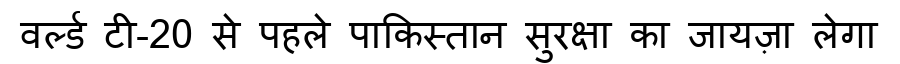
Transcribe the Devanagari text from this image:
वर्ल्ड टी-20 से पहले पाकिस्तान सुरक्षा का जायज़ा लेगा